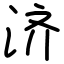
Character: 济